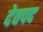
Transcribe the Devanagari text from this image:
देवपद